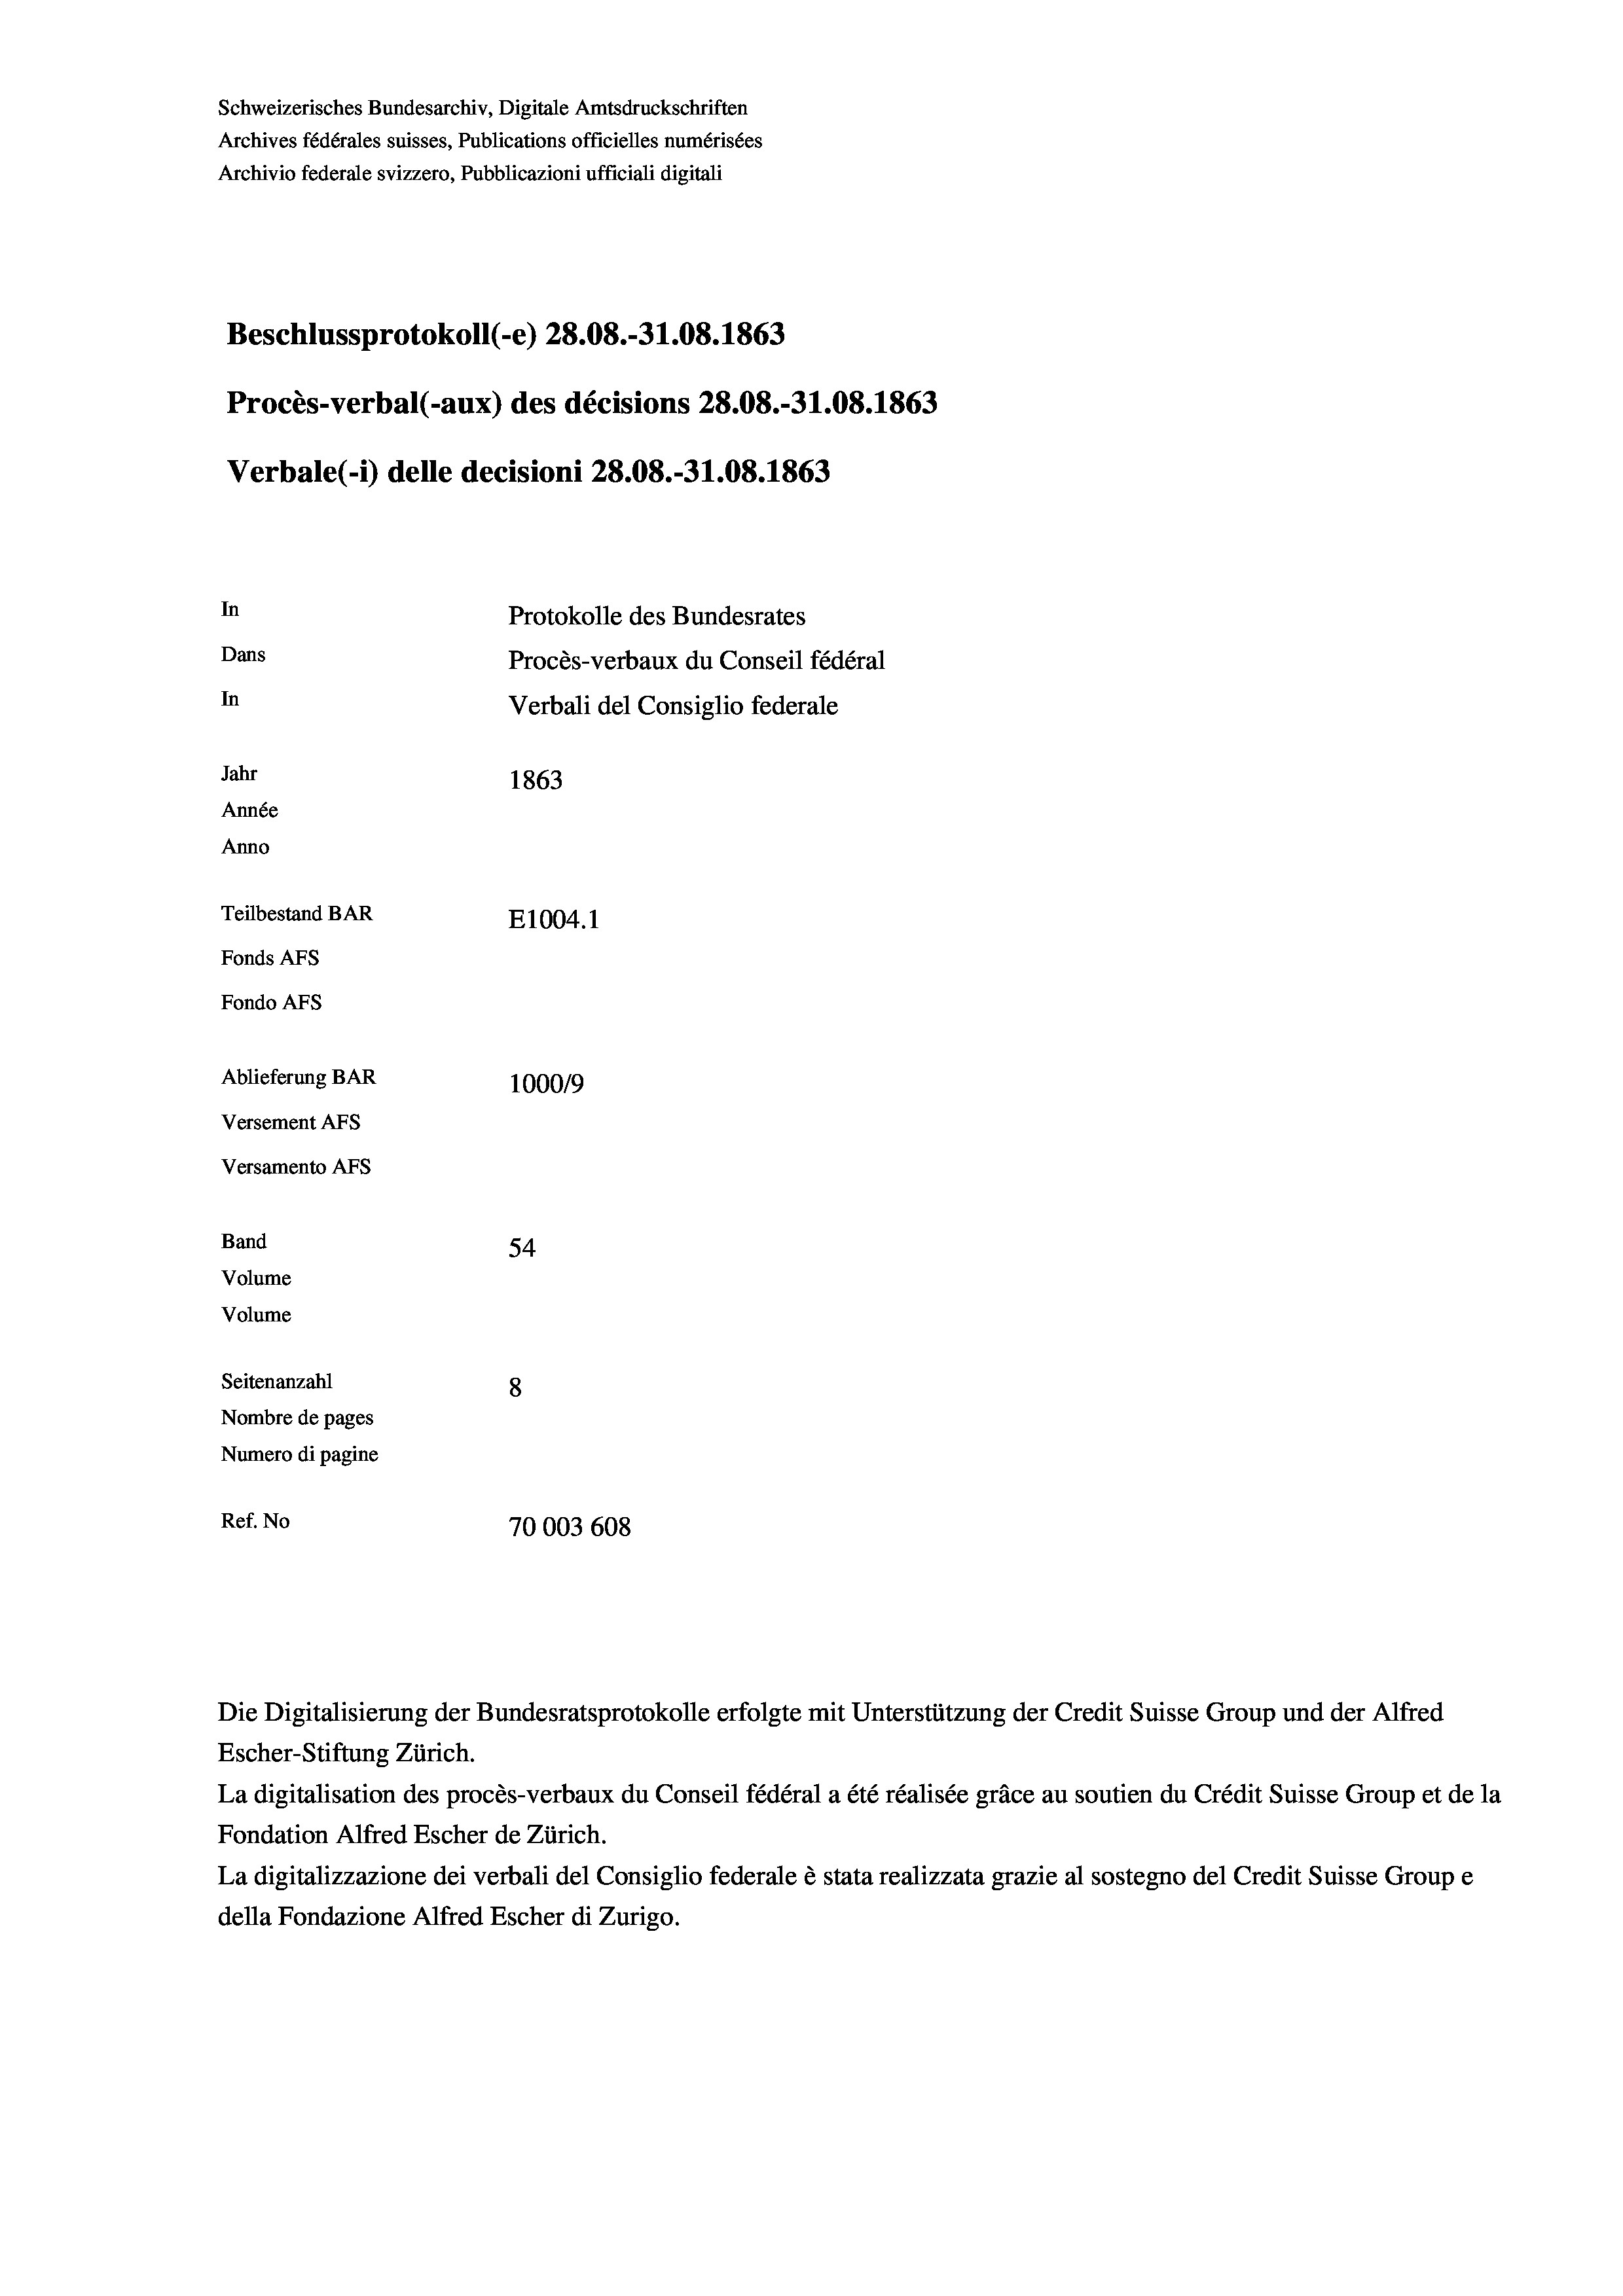
Schweizerisches Bundesarchiv, Digitale Amtsdruckschriften
Archives fédérales suisses, Publications officielles numérisées
Archivio federale svizzero, Pubblicazioni ufficiali digitali
Beschlussprotokoll (-e) 28.08.-31.08. 1863
Procès-verbal (-aux) des décisions 28.08.-31.08. 1863
Verbale (- 1) delle decisioni 28.08.-31.08. 1863
In
Protokolle des Bundesrates
Dans
Procès-verbaux du Conseil fédéral
In
Verbali del Consiglio federale
Jahr
1863
Année
Anno
Teilbestand BAR
E1004. 1
Fonds AFs
Fondo AFS
Ablieferung BAR
100019
Versement AFs
Versamento AFs
Band
54
Volume
Volume
Seitenanzahl
8
Nombre de pages
Numero di pagine
Ref. No
70003 608

Escher-Stiftung Zürich.
La digitalisation des procès-verbaux du Conseil fédéral a été réalisée gräce au soutien du Crédit Suisse Group et de la
Fondation Alfred Escher de Zürich.
La digitalizzazione dei verbali del Consiglio federale è stata realizzata grazie al sostegno del Credit Suisse Groupe
della Fondazione Alfred Escher di Zurigo.

Die Digitalisierung der Bundesratsprotokolle erfolgte mit Unterstützung der Credit Suisse Group und der Alfred